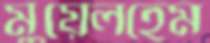
মুয়েলহেম